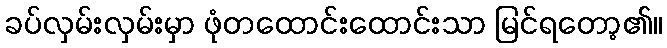
ခပ်လှမ်းလှမ်းမှာ ဖုံတထောင်းထောင်းသာ မြင်ရတော့၏။